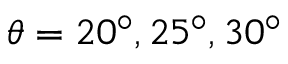
\theta = 2 0 ^ { \circ } , 2 5 ^ { \circ } , 3 0 ^ { \circ }